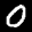
Label: 0